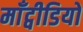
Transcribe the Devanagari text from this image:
माँट्वीडियो